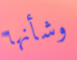
وشأنها